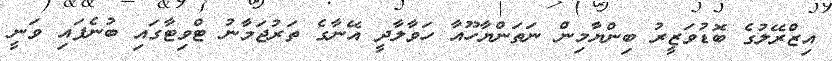
އިޒްރޭލުގެ ބޮޑުވަޒީރު ބިންޔާމިން ނަތަންޔާހޫއާ ހަވާލާދީ އޭނާގެ ތަރުޖަމާނު ޓްވިޓާގައި ބުނެފައި ވަނީ